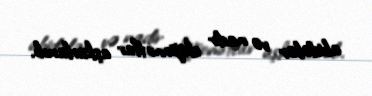
abidələr və nadir eksponatlar aşkarlanıb.